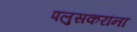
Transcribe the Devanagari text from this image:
पलुसकरांना